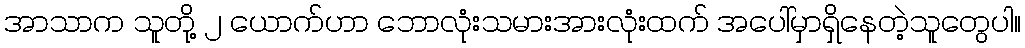
အာသာက သူတို့ ၂ ယောက်ဟာ ဘောလုံးသမားအားလုံးထက် အပေါ်မှာရှိနေတဲ့သူတွေပါ။